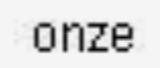
onze